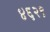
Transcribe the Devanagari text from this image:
४६२९